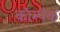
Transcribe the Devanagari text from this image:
कॉम्पॅक